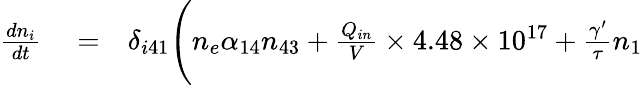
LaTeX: \begin{array}{rlr}{\frac{dn_{i}}{dt}}&{{}=}&{\delta_{i41}\Biggl(n_{e}\alpha_{14}n_{43}+\frac{Q_{in}}{V}\times 4.48\times 10^{17}+\frac{\gamma^{\prime}}{\tau}n_{1}}\end{array}